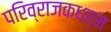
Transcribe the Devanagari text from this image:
परिव्राजकधर्म